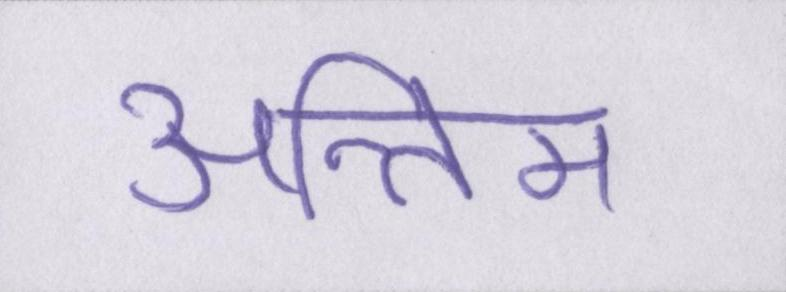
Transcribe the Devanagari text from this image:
अन्तिम